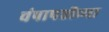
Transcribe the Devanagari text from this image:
चंपाषष्ठीच्या